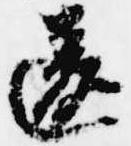
違